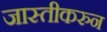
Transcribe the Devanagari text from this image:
जास्तीकरुन